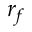
r _ { f }